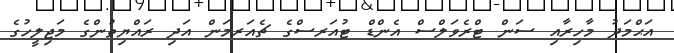
އަޙްމަދު މާހިރާއި ސަން ޓްރެވަލްސް އެންޑް ޓުއަރސްގެ ޗެއަރމަން އަދި ރައްޔިތުންގެ މަޖިލީހުގެ